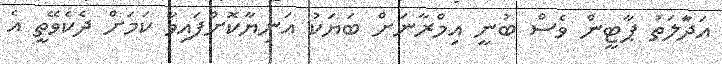
އަދާަލަތު ޕާޓީން ވެސް ބުނީ އިމްރާނަށް ބަޔަކު އަނިޔާކޮށްފައިވާ ކަމަށް ދެކެވޭތީ އެ